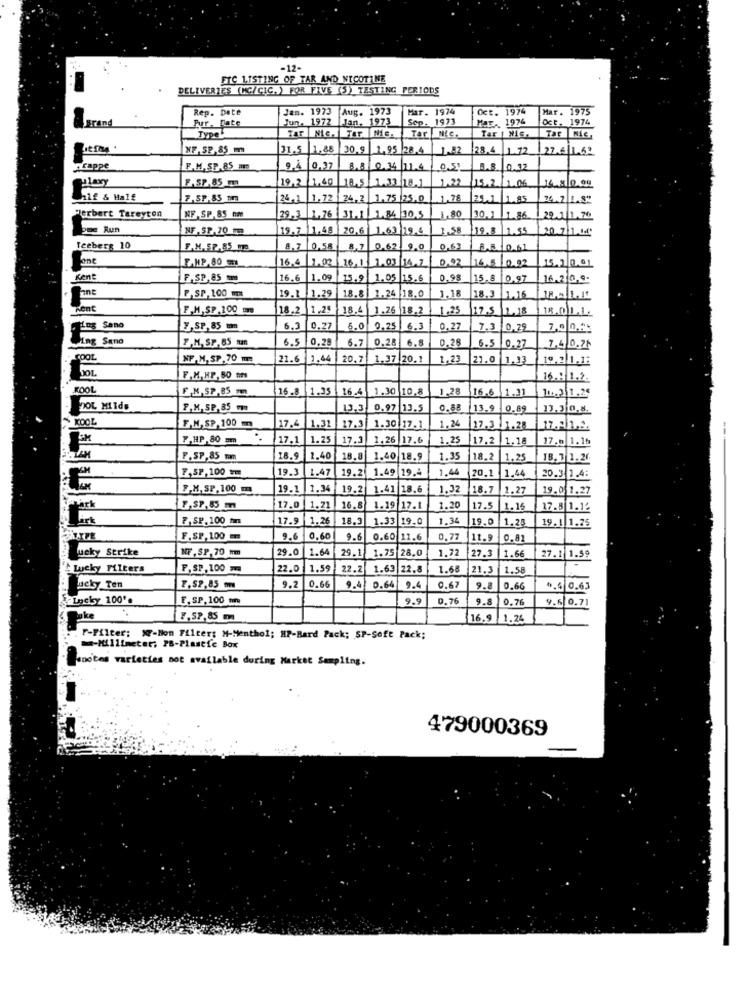
-12-
FTC LISTING OF TAR AND NICOTINE
DELIVERIES (MC/CIC. ) FOR FIVE (5) TESTING PERIODS
Rep. Date
Jan. 1973
Aug. 1973
Har. 1974
Oct. 1974
Mar. 1975
grand
Pur, Date
Jun. 1972
[Jan. 1973
Sep. 1973
MAF. 1974
Oct. 1974
Type
TAT NIC. Tar Nic. Tar NiC.
Tar | NiG.
Tar NiG.
XF.SP.85 m
31.5
11,88
30,9 1.95 28.4
23.4 1.12
22.641.62
tappe
F.M. SP.85 mm
9.4 |0,37
0. 1 1L4
0.5
8.8. 10.12
F.SP.85
19.2 1,40
1.22
18.5 1.33 18.1
15.2/2016
14.5 0.99
hif & Half
7.SP.85 mm
24,1 1.72 24,2 1.75 25.0
1.78
24.1 1.85
Herbert Tareyton
NF,SP.85 nm
29.3 1.76 31.1 1.84 10.5
1.80
30.1 1.86
20.01 1.70
ome Run
NF, SP.70 m
19,7 1,48 /20.6 1.63 19.4| 7.58
19.8 1.55
20.7.1.64'
Teebers 10
F.M.S.P.85 mm
8.7 0.58
8,7 0,62 90
0.63
8.8 0.61
Fone
F.HP.80 m
0,02
16.6 1.02 16,1 1.03 14.7
16/6/292
15.1 0.01
Kent
F.SP.85
16.6 1.09 15.9 1.05 15.6
0.98
15.8 0.97
16.2 0.9.
P.SP. 100 mm
19.1 1.29 18.8 1.24 18.0
1.18
18.3 1.16
Rent
F.M.SP.100 m
18.2 1.25 18.4 1.26 18.2
1.25
17.5 2.18
18.01.1.
. LES Sano
Y,SP, 85 mm
6.3 0.27
6.0
0.25 6.3
0.27
7.3 0.29
7,0 0.25
Ping Sano
F.M. SP.85 mm
6.5 0.28
6.7
0.28 6.8
0.26
6.5 0.27
7,4 0.74
COOL
NF,M. SP, 70 m
21.6 1.44
20.7 1.37 20.1
1.23
21.0 1.33
19.2 1.12
F.M. HP,BO tons
16.9 1.2.
KOOL
F.K. SP.85 mm
16.8 1.35 16.4 1.30 10.8
1.28
16.6
1.31
11.2.1.29
DOL MIIdu
F.M. SP. 85 mm
13.3 0.97 13.5
0.88
13.9
0.89
13.3|0.8.
KOOL
F.M. SP, 100m
17.4 1.32
17.3 1.30 17.1
1.24
27.3 1 1.28
F,HP,80 mm
17.1 1.25
17.3 1.26 17.6
1.25
17.2 1.18
17.0 1.16
F.SP,85 mm
18.9
1.40
18.8 1.40 18.9
1.35
18.2
1,25
18.1 1.26
F.SP.100 ==
19.2 1.49 29.4
1.44
20.1
1.44
19.3 1.47
20.3 1.4:
F.H, SP, 100
19.1 1.34 19.2
1.41 18.6
1.32
1.8.7
1.27
19.0 1.27
F.SP,85 m
17.0 1.21
16.8 1.19 17.1
1.20
17.5
1.16
17.8 1.14
F,SP.100 t
17.9 1.26
18.3
1.33 19.0
1.34
19.0
1.25
19.1 1.25
F.SP. 100
9.6 0.60
9.6
0.60 11.6
0,77
11.9
0.8
lucky Strike
NF, SP, 70 mm
29.
1.64
29.1
1.72
27.
1.75 28.0
1.66
27.1 1.59
Lucky Filters
F,SP, 100 m
22.0
1.59
22.2
1.63 22.8
1.68
21.3
1.58
weky Ten
7.52,85 m
9.2
0.66
9.4)
0.64
9.4
0.67
0.66
0.4 0.63
Lucky 100'.
E.SP.100 mm
9.9
D. 76
9.8
0.76
4.5 0.71
₹,52,85 m
16.9 1.24
F-Filter: X7-Non Filter; M-Menthol; HP-Hard Pack; SP-Soft Pack;
-Millimeter; 28-Plastie Box
anotes varieties not available doring Market Sampling.
479000369